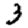
Digit: 3